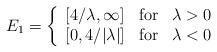
LaTeX: \begin{align*}E_1 = \left\{ \begin{array}{l l l}\left[ 4/\lambda,\infty\right] & \mbox{for} & \lambda > 0\\\left[ 0, 4/|\lambda| \right] & \mbox{for} & \lambda < 0\end{array} \right.\end{align*}